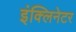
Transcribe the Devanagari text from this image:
इंक्लिनेटर